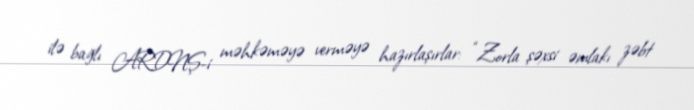
ilə bağlı ARDNŞ-i məhkəməyə verməyə hazırlaşırlar: “Zorla şəxsi əmlakı zəbt